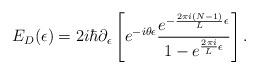
LaTeX: \begin{align*}E_D(\epsilon) =2i\hbar \partial_{\epsilon}\left[e^{-i\theta\epsilon}{e^{-{2 \pi i(N-1) \over L }\epsilon} \over1- e^{{2 \pi i \over L }\epsilon}} \right].\end{align*}